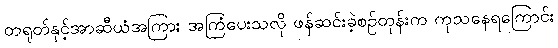
တရုတ်နှင့်အာဆီယံအကြား အကြံပေးသလို ဖန်ဆင်းခဲ့စဉ်တုန်းက ကုသနေရကြောင်း